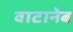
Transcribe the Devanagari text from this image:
वाटानेब